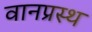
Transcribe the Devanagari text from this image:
वानप्रस्‍थ